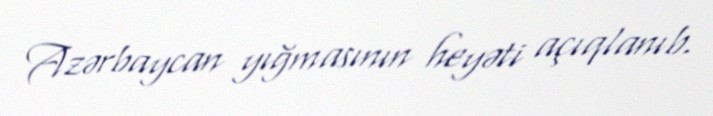
Azərbaycan yığmasının heyəti açıqlanıb.